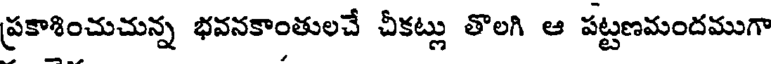
ప్రకాశించుచున్న భవనకాంతులచే చీకట్లు తొలగి ఆ పట్టణమందముగా